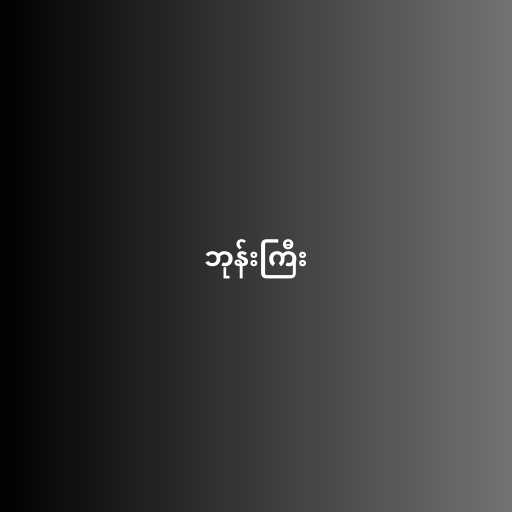
ဘုန်းကြီး